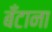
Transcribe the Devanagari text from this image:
बँटाना